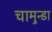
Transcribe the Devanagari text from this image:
चामुन्डा